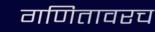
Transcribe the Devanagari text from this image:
गणितावरच